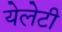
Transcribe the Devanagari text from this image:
येलेटी